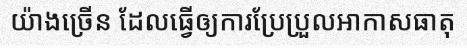
យ៉ាងច្រើន ដែលធ្វើឲ្យការប្រែប្រួលអាកាសធាតុ